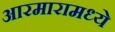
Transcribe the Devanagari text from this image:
आरमारामध्ये